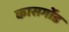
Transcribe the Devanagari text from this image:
कासर्गोड